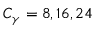
C _ { \gamma } = 8 , 1 6 , 2 4